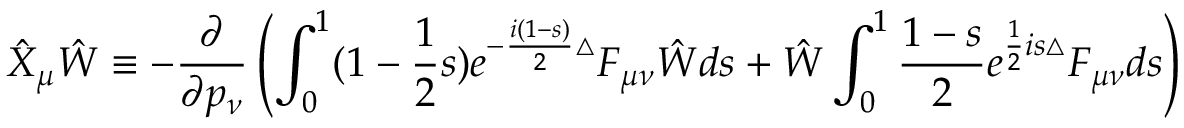
\hat { X } _ { \mu } \hat { W } \equiv - \frac { \partial } { \partial p _ { \nu } } \left( \int _ { 0 } ^ { 1 } ( 1 - \frac { 1 } { 2 } s ) e ^ { - \frac { i ( 1 - s ) } { 2 } \bigtriangleup } F _ { \mu \nu } \hat { W } d s + \hat { W } \int _ { 0 } ^ { 1 } \frac { 1 - s } { 2 } e ^ { \frac { 1 } { 2 } i s \bigtriangleup } F _ { \mu \nu } d s \right)